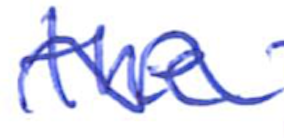
Text: the
Cross-out: wave
Writing tool: ballpoint